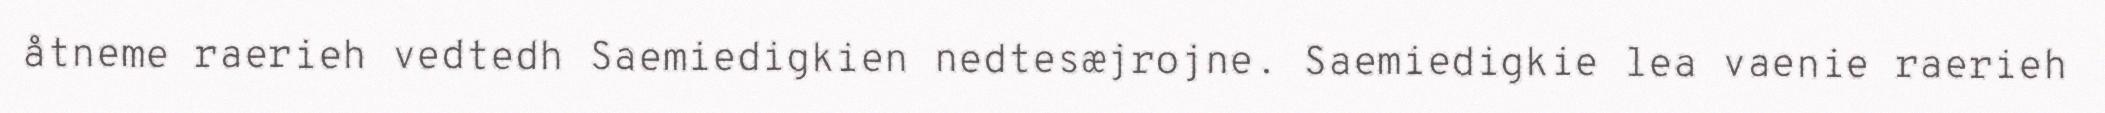
åtneme raerieh vedtedh Saemiedigkien nedtesæjrojne. Saemiedigkie lea vaenie raerieh